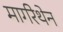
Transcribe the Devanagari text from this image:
मार्गरेथेन